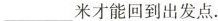
___米才能回到出发点。